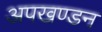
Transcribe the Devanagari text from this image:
अपखण्डन